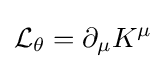
{\mathcal {L}}_{\theta }=\partial _{\mu }K^{\mu }